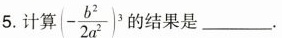
5.计算 $$- \frac{b^{2}}{2a^{2}}^{3}$$ '的结果是______